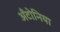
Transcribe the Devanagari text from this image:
अँटोनिया